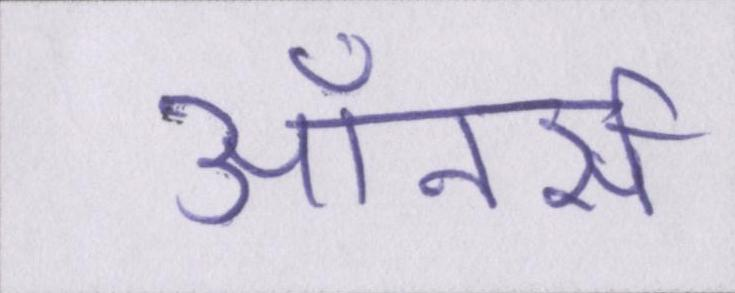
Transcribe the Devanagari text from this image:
ऑनर्स